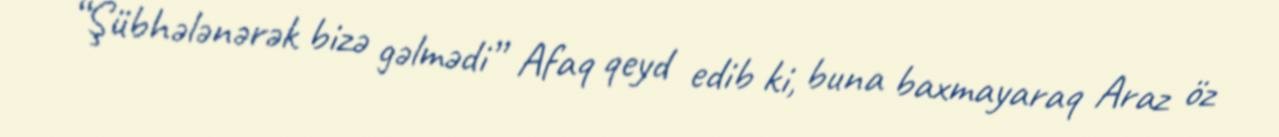
“Şübhələnərək bizə gəlmədi” Afaq qeyd edib ki, buna baxmayaraq Araz öz